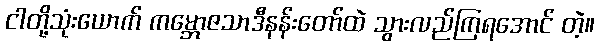
ငါတို့သုံးယောက် ကမ္ဘောဇသာဒီနန်းတော်ထဲ သွားလည်ကြရအောင် တဲ့။